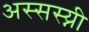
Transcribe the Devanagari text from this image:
अस्सस्य्नी